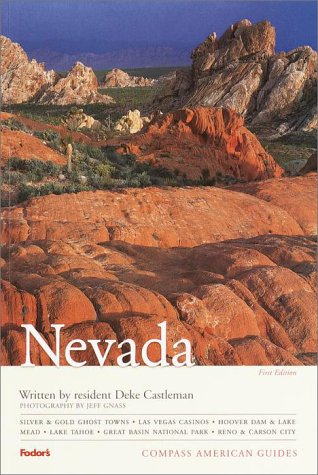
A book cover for Compass American Guides: Nevada, 1st Edition (Full-color Travel Guide); Deke Castleman; Travel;